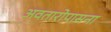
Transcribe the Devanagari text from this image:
अवतारोपासना